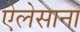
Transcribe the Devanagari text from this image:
ऐलेसाना